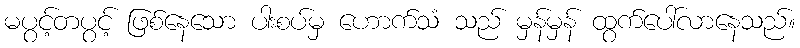
မပွင့်တပွင့် ဖြစ်နေသော ပါးစပ်မှ ဟောက်သံ သည် မှန်မှန် ထွက်ပေါ်လာနေသည်။